Annual report of the Punjab Veterinary College and of the Civil Veterinary Department, Punjab - 1909-1919
Year: 1909
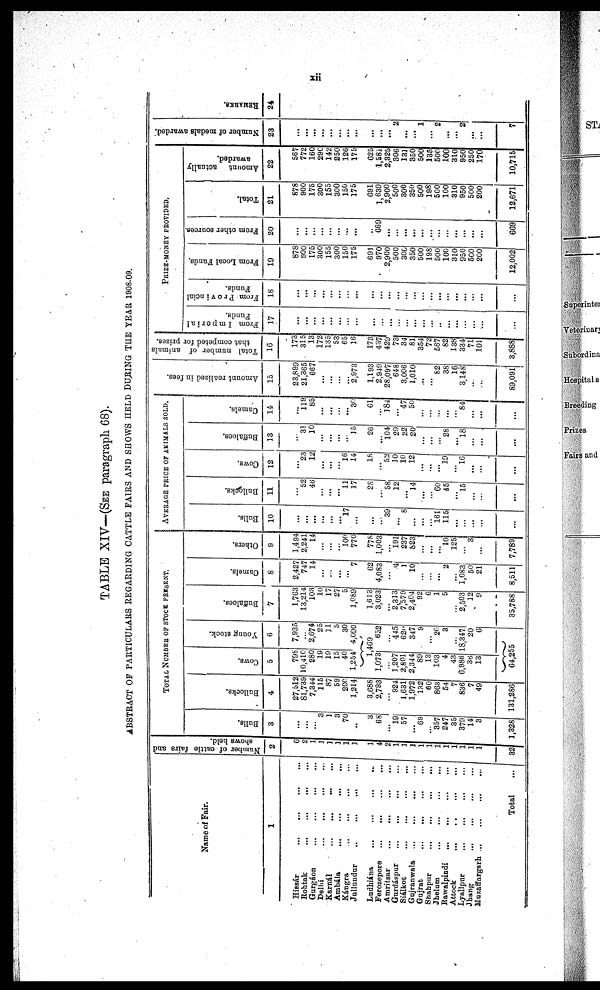
xii
TABLE XIV—(SEE paragraph 68).
ABSTRACT OF PARTICULARS REGARDING CATTLE FAIRS AND SHOWS HELD DURING THE YEAR 1908-09.
Name of Fair.
1
Hissár
...
...
...
...
Rohtak
...
...
...
...
Gurgáon ... ... ... ...
Delhi
...
...
...
...
Karnál
...
...
...
...
Ambála
...
...
...
...
Kángra .. ... ... ... ...
Jullundur
..
... ... ...
Ludhiána
...
...
...
...
Ferozepore
...
... ... ...
Amritsar
...
... ... ...
Gurdáspur
...
...
...
...
Siálkot
...
...
...
...
Gujranwala
...
...
... ...
Gujrat
...
...
...
...
Shahpur
...
...
...
...
Jhelum
...
...
...
...
Rawalpindi
...
...
...
...
Attock
...
..
...
...
Lyallpur
...
...
...
...
Jhang
...
...
...
...
Muzaffargarh
...
...
...
...
Total ...
Number of cattle fairs and
shows held.
2
6
2
1
1
1
1
1
1
1
4
2
1
1
1
1
1
1
1
1
1
1
1
32
TOTAL NUMBER OF STOCK PRESENT.
Bulls.
3
...
...
...
3
1
3
70
...
3
68
...
19
57
...
69
...
357
247
35
379
14
3
1,328
Bullocks.
4
27,512
81,739
7,344
115
87
59
200
1,214
3,688
2,793
...
924
1,631
1,972
132
60
863
54
7
836
7
49
131,286
Cows.
5
798
10,410
280
19
19
15
40
1,254
Young stock.
6
7,935
...
2,674
25
11
5
30
4,090
1,469
1,073
...
1,207
2,801
2,344
89
13
103
4
43
6,986
36
13
652
...
445
620
347
9
...
20
3
...
18,347
20
6
64,255
Buffaloes.
7
1,763
13,214
103
10
17
27
5
1,089
1,613
3,023
...
2,313
7,579
2,404
92
6
1
5
...
2,503
12
9
35,788
Camels.
8
2,427
747
14
...
...
...
...
7
62
4,083
...
4
1
10
...
...
...
2
...
1,083
50
21
8,511
Others.
9
1,494
2,241
14
...
...
...
100
770
778
1,003
...
191
237
823
...
...
...
10
125
...
3
...
7,789
AVERAGE PRICE OF ANIMALS SOLD.
Bulls.
10
...
...
...
...
...
...
17
...
...
...
39
...
8
...
...
...
161
115
...
...
...
...
...
Bullocks.
11
...
52
46
...
...
...
11
17
28
...
58
12
...
14
...
...
60
45
...
15
...
...
...
Cows.
12
...
23
12
...
...
...
16
14
18
...
52
10
10
12
...
...
...
19
...
16
...
...
...
Buffaloes.
13
...
31
10
...
...
...
...
15
26
...
104
29
22
20
...
...
...
28
...
18
...
...
...
Camels.
14
...
115
85
...
...
...
...
30
61
...
184
...
47
50
...
...
...
...
...
84
...
...
...
Amount realized in fees.
15
23,899
21,365
667
...
...
...
...
2,973
1,193
2,949
28,097
648
3,006
1,010
...
...
82
38
16
3,148
...
...
89,091
Total number of animals
that competed for prizes.
16
173
315
13
172
135
53
65
16
173
437
429
73
34
81
354
72
567
82
138
334
71
101
3,888
PRIZE- MONEY PROVIDED.
Forms Imperial
Funds.
17
...
...
...
...
...
...
...
...
...
...
...
...
...
...
...
...
...
...
...
...
...
...
...
From Provincial
Funds.
18
...
...
...
...
...
...
...
...
...
...
...
...
...
...
...
...
...
...
...
...
...
...
...
From Local Funds.
19
878
900
175
300
155
300
150
175
691
970
2,900
500
300
350
500
198
500
100
310
950
500
200
12,002
From other sources
20
...
...
...
...
...
...
...
...
...
669
...
...
...
...
...
...
...
...
...
...
...
...
669
Total.
21
878
900
175
300
155
300
150
175
691
1,639
2,900
500
300
350
500
198
500
100
310
950
500
200
12,671
Amount
actually
awarded.
22
567
772
160
290
142
250
126
175
625
1,581
2,325
306
131
350
500
135
500
100
310
950
250
170
10,715
Number of medals awarded.
23
...
...
...
...
...
...
...
...
...
...
...
2
...
...
1
...
2
...
...
2
...
...
7
REMARKS.
24